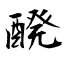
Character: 醗